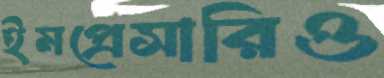
ইমপ্রেসারিও